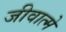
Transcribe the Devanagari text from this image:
जीवात्मे